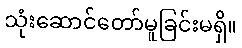
သုံးဆောင်တော်မူခြင်းမရှိ။